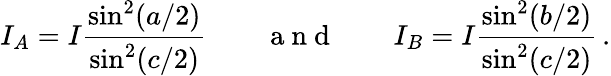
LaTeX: I_{A}=I\frac{\sin^{2}(a/2)}{\sin^{2}(c/2)}\qquad\mathrm{~a~n~d~}\qquad I_{B}=I\frac{\sin^{2}(b/2)}{\sin^{2}(c/2)}\, .